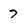
Character: 7